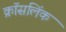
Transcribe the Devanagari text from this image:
क्रॉसलिंक